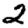
Digit: 2